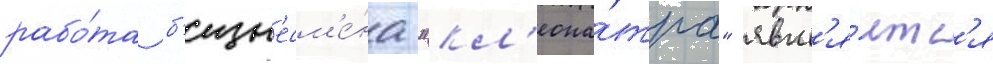
рабо́та б'изн'есм'е́на "кл'еопа́тра" явл'я́етс'я